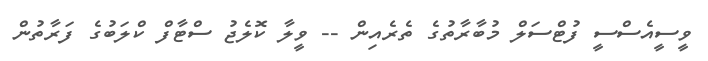
ވީސީއެސްސީ ފުޓްސަލް މުބާރާތުގެ ތެރެއިން -- ވީލާ ކޮލެޖު ސްޓާފް ކްލަބުގެ ފަރާތުން